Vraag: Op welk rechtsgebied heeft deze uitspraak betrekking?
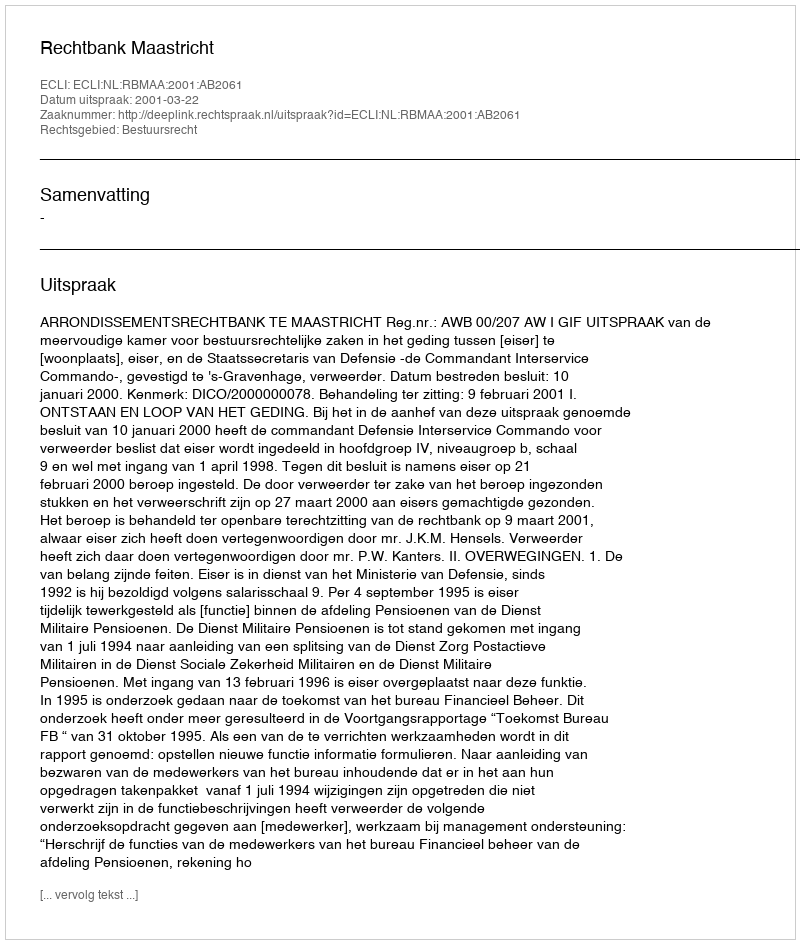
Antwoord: Bestuursrecht